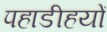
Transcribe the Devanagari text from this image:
पहाडीहयों